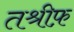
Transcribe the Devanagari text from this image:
तश्रीफ़